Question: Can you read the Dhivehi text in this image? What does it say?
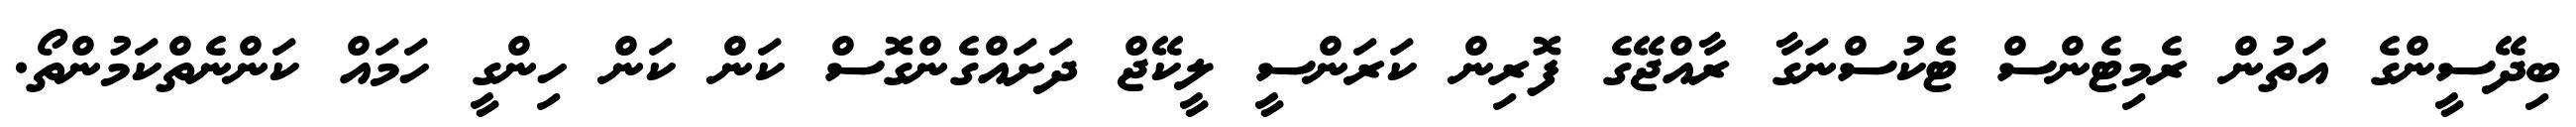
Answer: ބިދޭސީންގެ އަތުން ރެމިޓެންސް ޓެކުސްނަގާ ރާއްޖޭގެ ފޮރިން ކަރަންސީ ލީކޭޖް ދަށައްގެންގޮސް ކަން ކަން ހިންގީ ހަމައް ކަންނެތްކަމުންތޯ.